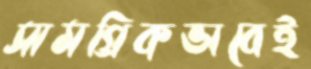
সামগ্রিকভাবেই